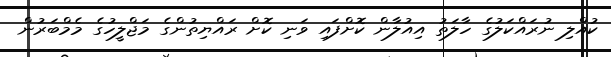
ކުއްލި ނުރައްކަލުގެ ހާލަތު އިއުލާން ކޮށްފައި ވަނި ކޮށް ރައްޔިތުންގެ މަޖްލީހުގެ މެމްބަރުން